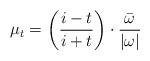
LaTeX: \begin{align*}\mu_t = \left(\frac{i-t}{i+t}\right) \cdot \frac{\bar{\omega}}{|\omega|}\end{align*}